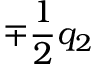
\mp \frac { 1 } { 2 } q _ { 2 }